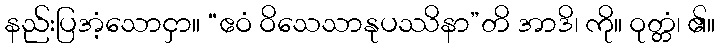
နည်းပြအံ့သောငှာ။ “ဧဝံ ဝိသေသာနုပဿိနာ”တိ အာဒိ၊ ကို။ ဝုတ္တံ၊ ၏။